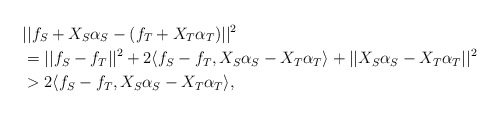
\begin{align*}& ||f_S + X_S \alpha_S - (f_T + X_T \alpha_T)||^2 \\&= ||f_S - f_T||^2 + 2\langle f_S - f_T, X_S\alpha_S - X_T\alpha_T \rangle + ||X_S\alpha_S - X_T\alpha_T||^2\\&> 2\langle f_S - f_T, X_S\alpha_S - X_T\alpha_T \rangle,\end{align*}